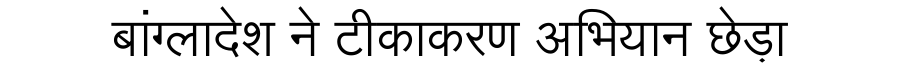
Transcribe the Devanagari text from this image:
बांग्लादेश ने टीकाकरण अभियान छेड़ा